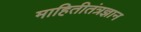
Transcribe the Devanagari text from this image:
माहितीतंत्रज्ञान